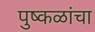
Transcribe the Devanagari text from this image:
पुष्कळांचा